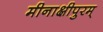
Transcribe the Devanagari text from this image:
मीनाक्षीपुरम्